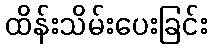
ထိန်းသိမ်းပေးခြင်း